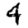
Digit: 4